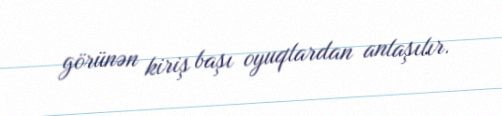
görünən kiriş başı oyuqlardan anlaşılır.